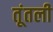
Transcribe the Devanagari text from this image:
तूंतली